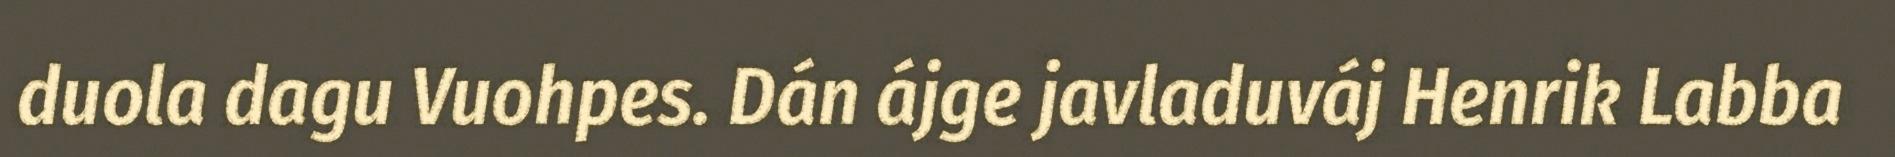
duola dagu Vuohpes. Dán ájge javladuváj Henrik Labba